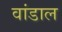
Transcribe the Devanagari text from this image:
वांडाल